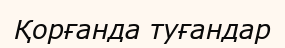
Қорғанда туғандар